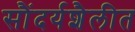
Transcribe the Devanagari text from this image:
सौंदर्यशैलीत